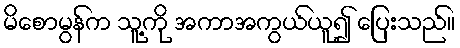
မိစောမွန်က သူ့ကို အကာအကွယ်ယူ၍ ပြေးသည်။